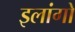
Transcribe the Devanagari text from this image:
इलांगो